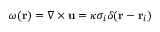
\omega ( \mathbf { r } ) = \nabla \times \mathbf { u } = \kappa \sigma _ { i } \delta ( \mathbf { r } - \mathbf { r } _ { i } )